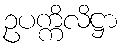
ဥပက္ကိလိဋ္ဌာ